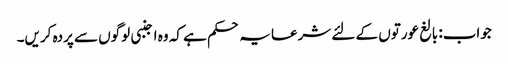
جواب: بالغ عورتوں کے لئے شرعایہ حکم ہے کہ وہ اجنبی لوگوں سے پردہ کریں۔